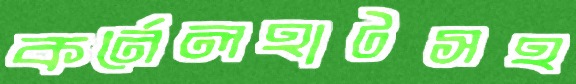
কর্নেলহাটসহ